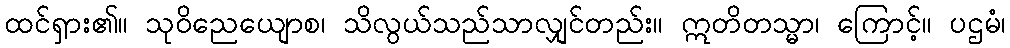
ထင်ရှား၏။ သုဝိညေယျောစ၊ သိလွယ်သည်သာလျှင်တည်း။ ဣတိတသ္မာ၊ ကြောင့်။ ပဌမံ၊